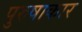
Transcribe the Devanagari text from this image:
पुरुषाकार